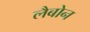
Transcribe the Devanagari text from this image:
लैबोन